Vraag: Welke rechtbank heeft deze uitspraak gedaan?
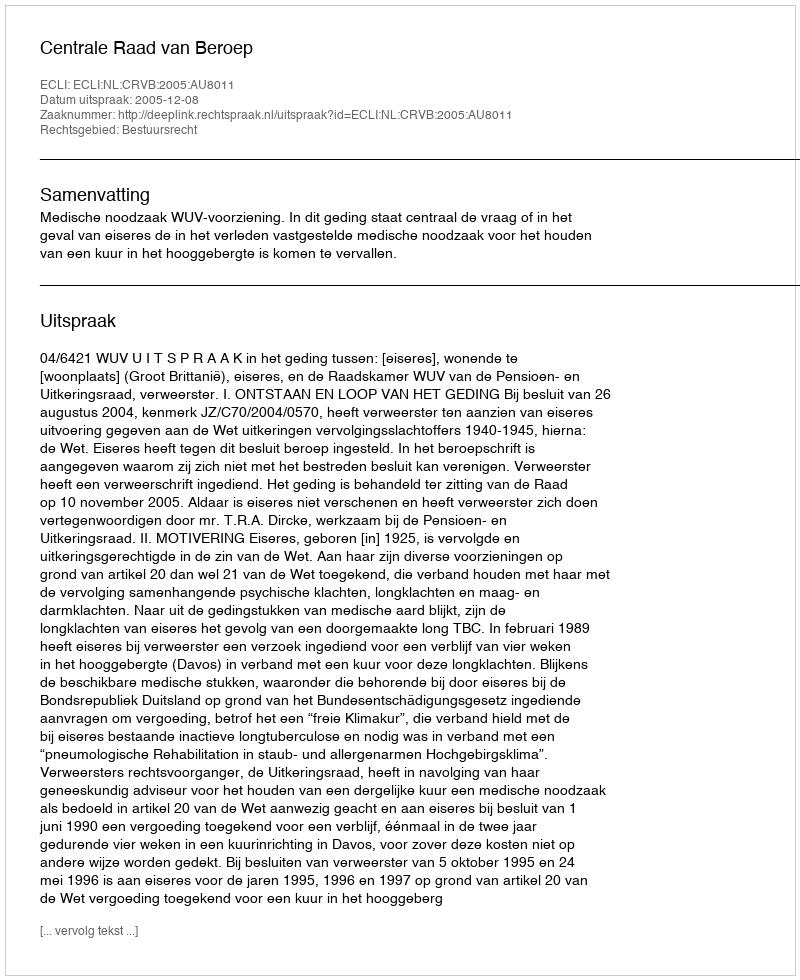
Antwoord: Centrale Raad van Beroep